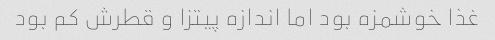
غذا خوشمزه بود اما اندازه پیتزا و قطرش کم بود